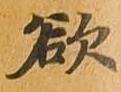
欲